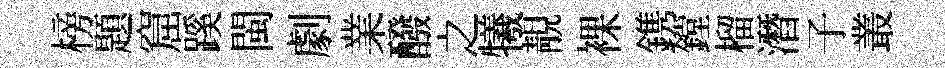
榜題窟蹊閩劇業醱之犧靚裸鎸鏜榴潛子叢